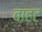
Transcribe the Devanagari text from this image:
बाहट